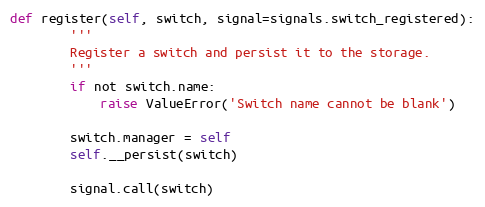
Language: Python
def register(self, switch, signal=signals.switch_registered):
        '''
        Register a switch and persist it to the storage.
        '''
        if not switch.name:
            raise ValueError('Switch name cannot be blank')

        switch.manager = self
        self.__persist(switch)

        signal.call(switch)